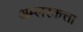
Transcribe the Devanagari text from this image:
अम्लरकत्ता